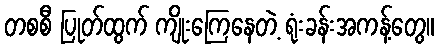
တစစီ ပြုတ်ထွက် ကျိုးကြေနေတဲ့ ရုံးခန်းအကန့်တွေ။